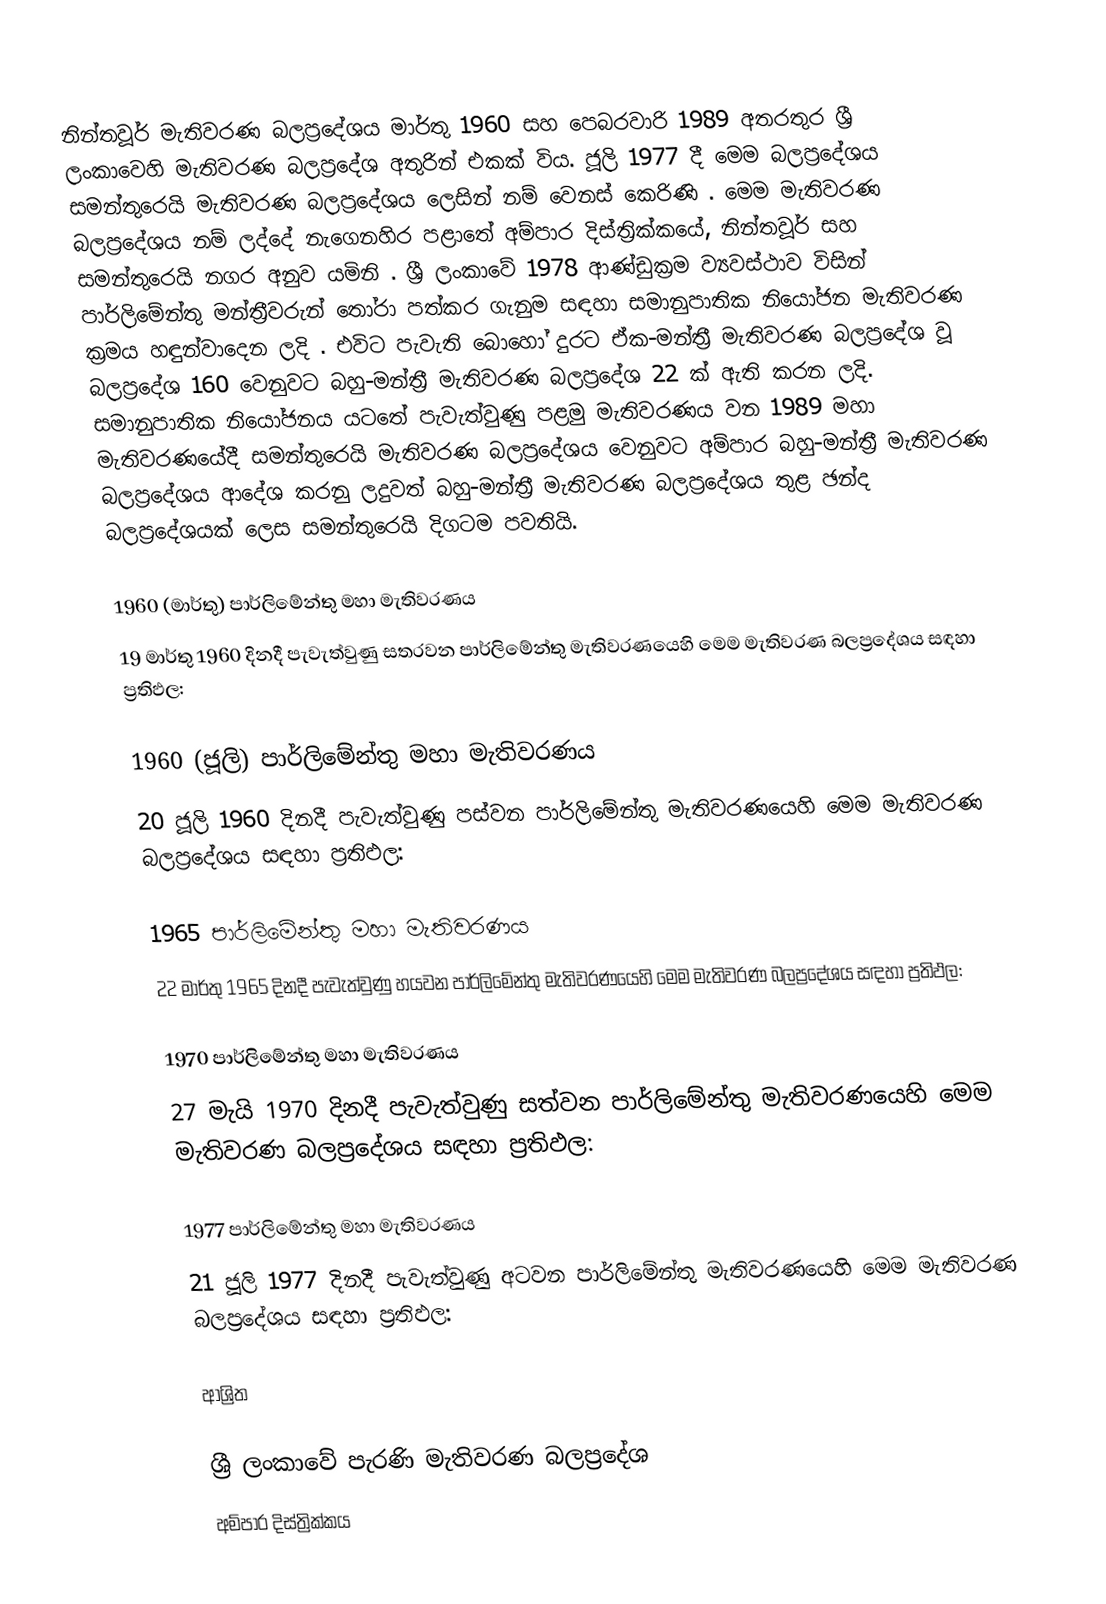
නින්තවූර් මැතිවරණ බලප්‍රදේශය  මාර්තු 1960 සහ පෙබරවාරි 1989 අතරතුර  ශ්‍රී ලංකාවෙහි  මැතිවරණ බලප්‍රදේශ අතුරින් එකක් විය. ජූලි 1977 දී මෙම බලප්‍රදේශය සමන්තුරෙයි මැතිවරණ බලප්‍රදේශය ලෙසින් නම් වෙනස් කෙරිණි  . මෙම මැතිවරණ බලප්‍රදේශය නම් ලද්දේ  නැගෙනහිර පළාතේ  අම්පාර දිස්ත්‍රික්කයේ,  නින්තවූර් සහ සමන්තුරෙයි නගර අනුව යමිනි . ශ්‍රී ලංකාවේ 1978 ආණ්ඩුක්‍රම ව්‍යවස්ථාව විසින්   පාර්ලිමේන්තු මන්ත්‍රීවරුන් තෝරා පත්කර ගැනුම සඳහා සමානුපාතික නියෝජන මැතිවරණ ක්‍රමය හඳුන්වාදෙන ලදි . එවිට පැවැති බොහෝ දුරට  ඒක-මන්ත්‍රී මැතිවරණ බලප්‍රදේශ වූ බලප්‍රදේශ 160 වෙනුවට බහු-මන්ත්‍රී මැතිවරණ බලප්‍රදේශ 22 ක් ඇති කරන ලදි. සමානුපාතික නියෝජනය යටතේ පැවැත්වුණු පළමු මැතිවරණය වන 1989 මහා මැතිවරණයේදී  සමන්තුරෙයි මැතිවරණ බලප්‍රදේශය වෙනුවට  අම්පාර බහු-මන්ත්‍රී මැතිවරණ බලප්‍රදේශය  ආදේශ කරනු ලදුවත් බහු-මන්ත්‍රී මැතිවරණ බලප්‍රදේශය තුළ ඡන්ද බලප්‍රදේශයක් ලෙස සමන්තුරෙයි දිගටම පවතියි.

1960 (මාර්තු) පාර්ලිමේන්තු මහා මැතිවරණය
19 මාර්තු 1960 දිනදී පැවැත්වුණු  සතරවන පාර්ලිමේන්තු මැතිවරණයෙහි මෙම මැතිවරණ බලප්‍රදේශය සඳහා ප්‍රතිඵල:

1960 (ජූලි) පාර්ලිමේන්තු මහා මැතිවරණය
20 ජූලි 1960 දිනදී පැවැත්වුණු  පස්වන පාර්ලිමේන්තු මැතිවරණයෙහි මෙම මැතිවරණ බලප්‍රදේශය සඳහා ප්‍රතිඵල:

1965 පාර්ලිමේන්තු මහා මැතිවරණය
22 මාර්තු 1965  දිනදී පැවැත්වුණු  හයවන පාර්ලිමේන්තු මැතිවරණයෙහි මෙම මැතිවරණ බලප්‍රදේශය සඳහා ප්‍රතිඵල:

1970 පාර්ලිමේන්තු මහා මැතිවරණය
27 මැයි 1970 දිනදී පැවැත්වුණු  සත්වන පාර්ලිමේන්තු මැතිවරණයෙහි මෙම මැතිවරණ බලප්‍රදේශය සඳහා ප්‍රතිඵල:

1977 පාර්ලිමේන්තු මහා මැතිවරණය
21 ජූලි 1977 දිනදී පැවැත්වුණු  අටවන පාර්ලිමේන්තු මැතිවරණයෙහි මෙම මැතිවරණ බලප්‍රදේශය සඳහා ප්‍රතිඵල:

ආශ්‍රිත

ශ්‍රී ලංකාවේ පැරණි මැතිවරණ බලප්‍රදේශ
අම්පාර දිස්ත්‍රික්කය